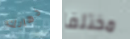
ذهابك مختلفا